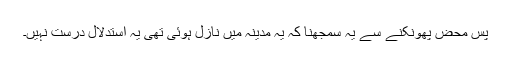
پس محض پھونکنے سے یہ سمجھنا کہ یہ مدینہ میں نازل ہوئی تھی یہ استدلال درست نہیں۔